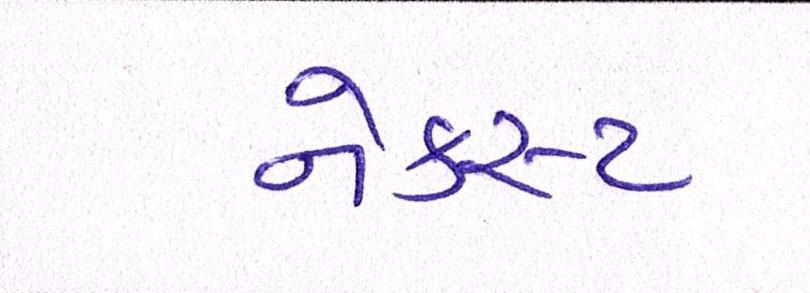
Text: નેક્સ્ટ